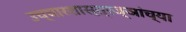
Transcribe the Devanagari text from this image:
उच्चारशास्त्रज्ञांच्या